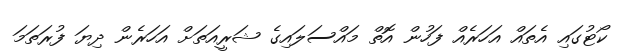
ކޯޓުގައި އެތައް އަހަރެއް ފަހުން އޮތް މައްސަލައިގެ ޝަރީއަތަށް އަހަރެން ދިޔަ ފުރަތަމަ